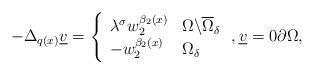
LaTeX: \begin{align*}-\Delta _{q(x)}\underline{v}=\left\{\begin{array}{ll}\lambda ^{\sigma }w_{2}^{\beta _{2}(x)} & \Omega \backslash\overline{\Omega }_{\delta } \\-w_{2}^{\beta _{2}(x)} & \Omega _{\delta }\end{array}\right. ,\underline{v}=0\partial \Omega , \end{align*}